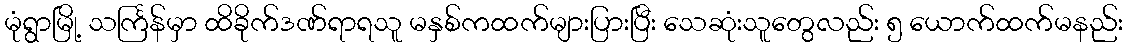
မုံရွာမြို့ သင်္ကြန်မှာ ထိခိုက်ဒဏ်ရာရသူ မနှစ်ကထက်များပြားပြီး သေဆုံးသူတွေလည်း ၅ ယောက်ထက်မနည်း